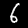
Label: 6